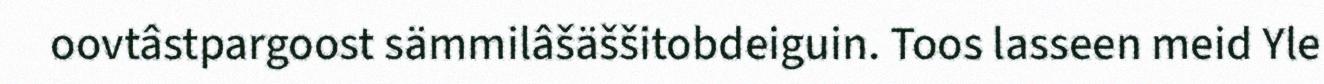
oovtâstpargoost sämmilâšäššitobdeiguin. Toos lasseen meid Yle